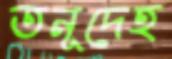
তনূদেহ